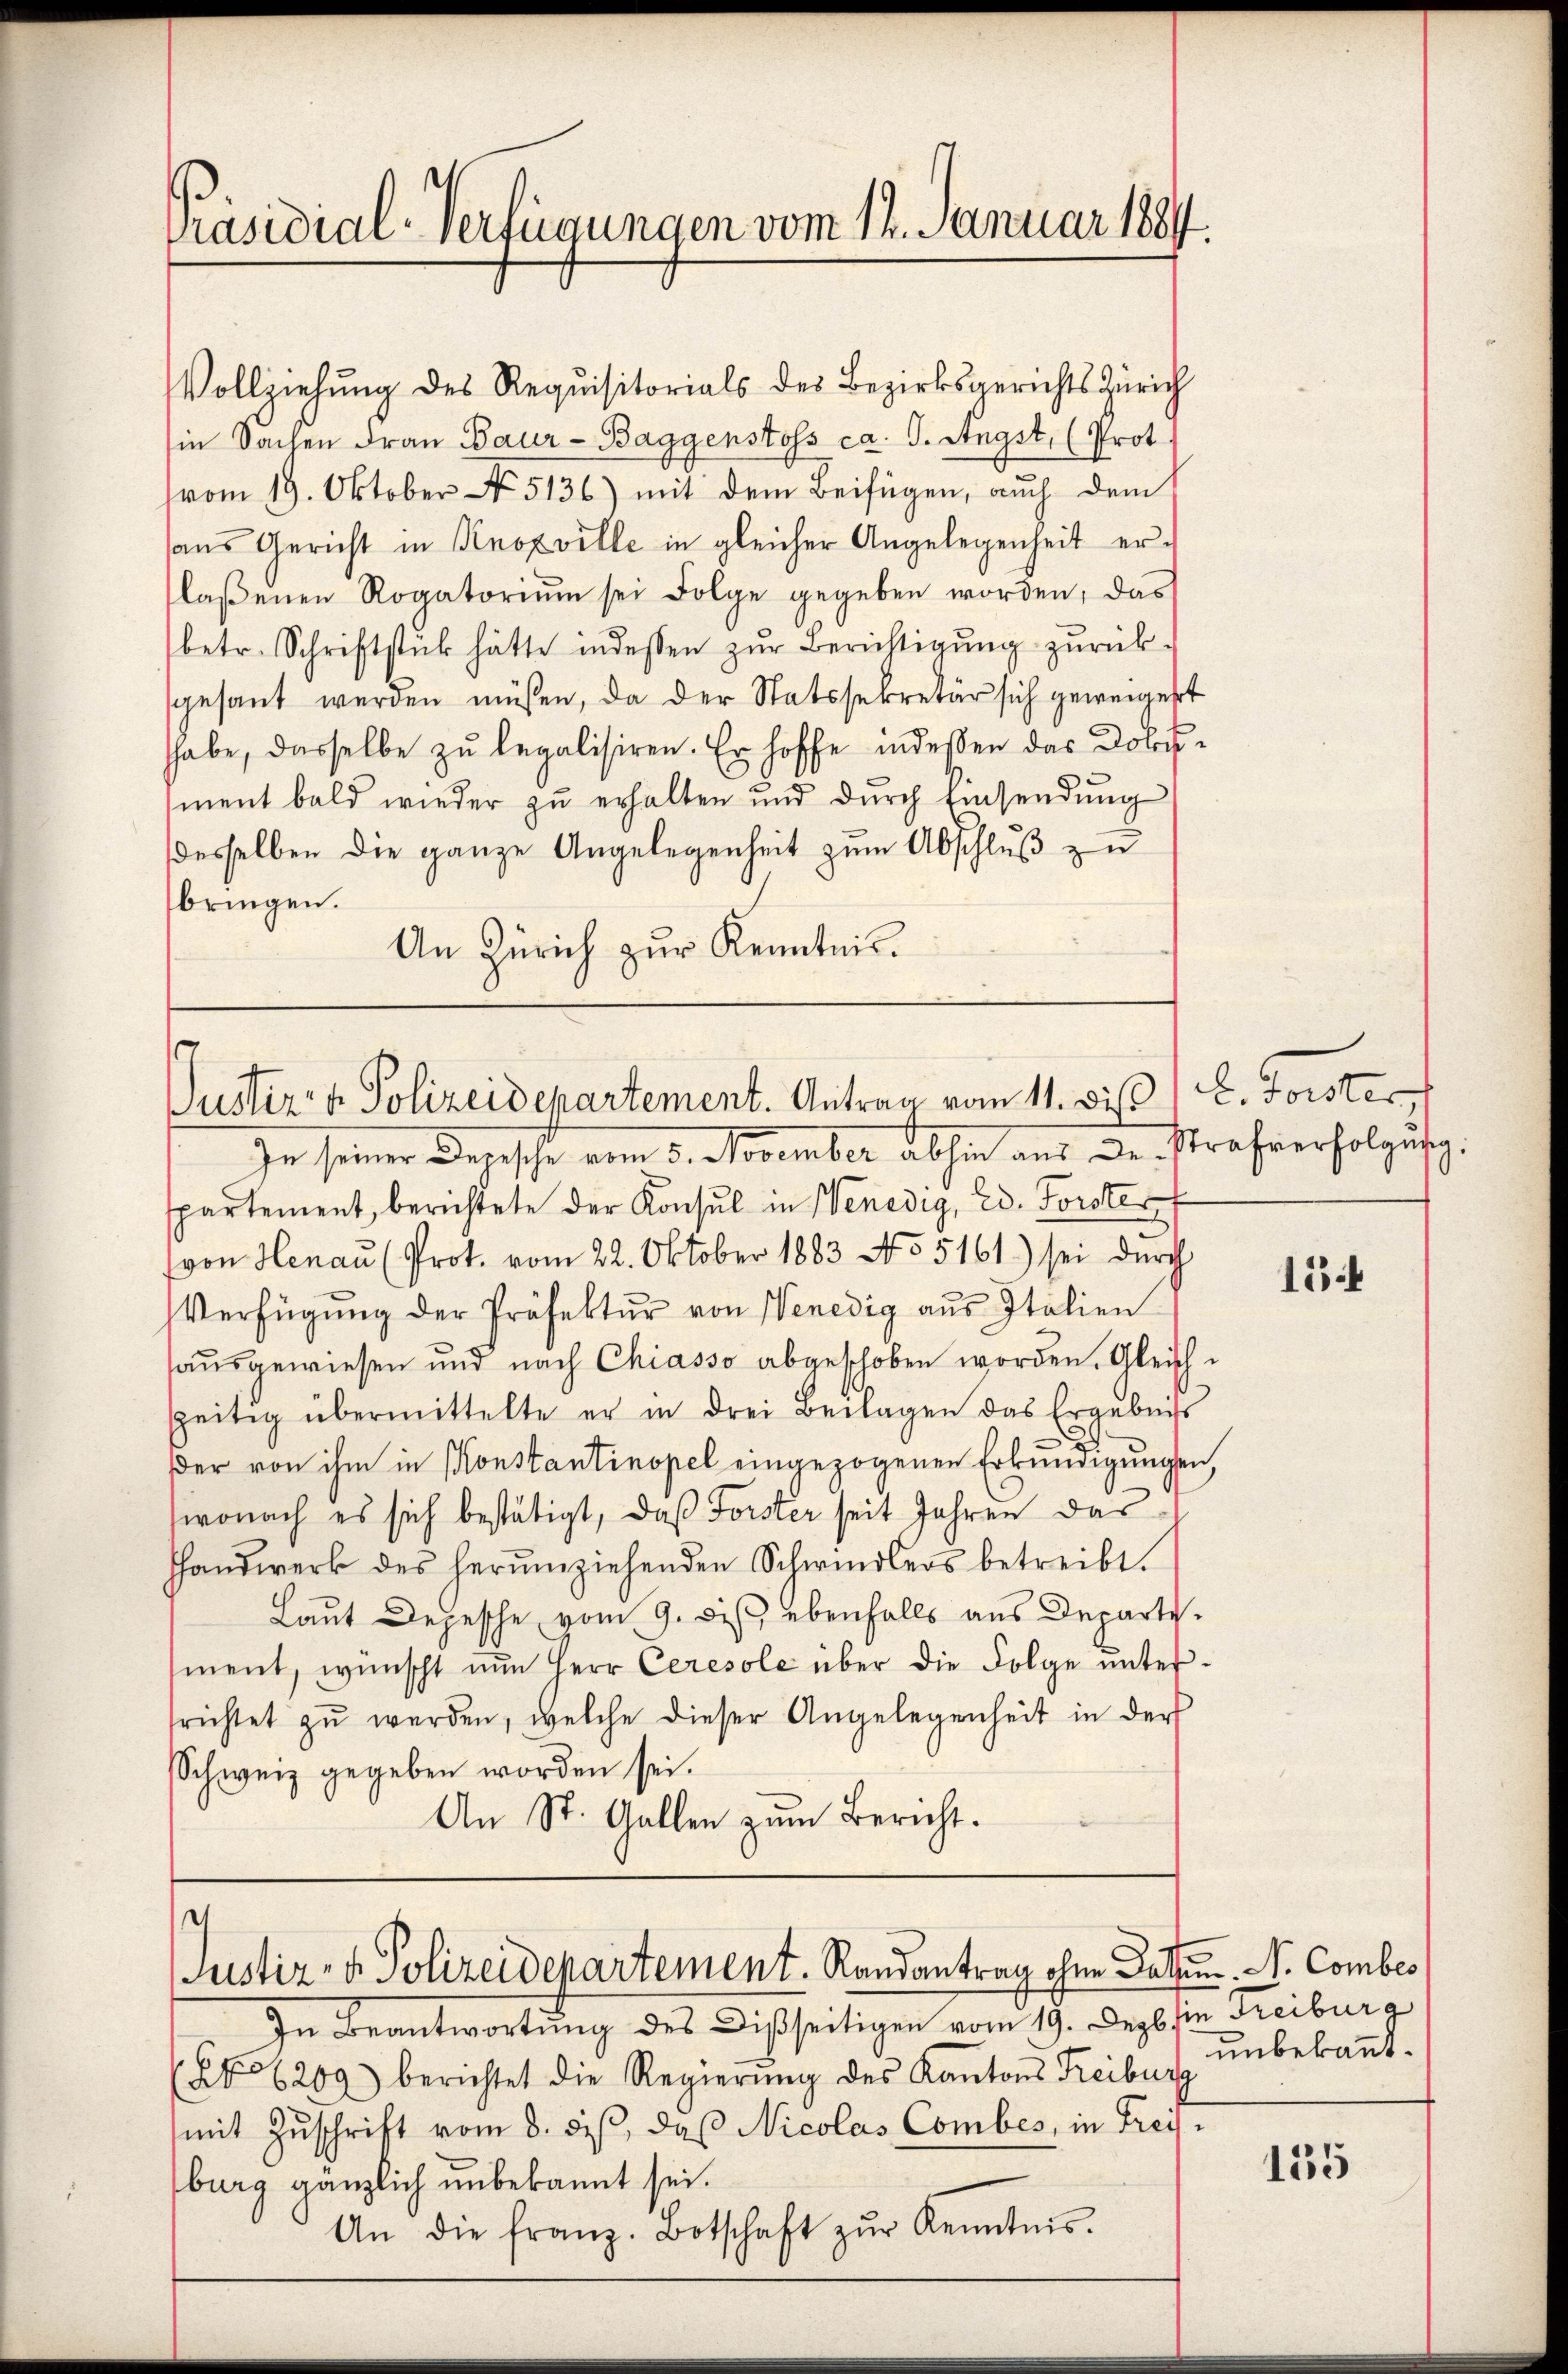
Präsidial-Verfügungen vom 14. Januar 1884.

Vollziehung des Requisitorials des Bezirksgerichts Zürich
in Sachen Frau Baur - Baggenstoss ca. J. Angst, (Prot
vom 19. Oktober No. 5136) mit dem Beifügen, auch dem
sans Gericht in Knoxville in gleicher Angelegenheit er-
laβenen Rogatoriŭm sei Folge gegeben worden, das
betr. Schriftstück hätte indessen zŭr Berichtigŭng zŭrück-
sgesant werden müßen, da der Statssekretär sich geweigert
habe, dasselbe zu legalisiren. Er hoffe indessen das Dobosment bald wieder zŭ erhalten und dŭrch Einsendŭng
desselben die ganze Angelegenheit zum Abschluß zu
bringen.
An Zürich zur Kenntnis.

Justiz- & Polizeidepartement. Antrag vom 11. Die L. Forster

In seiner Depesche vom 5. November abhin aus Dr. Strafverholzes.
spartement, berichtete der Konsul in Venedig, ed. Forster
(von Henau (Prot. vom 22. Oktober 1883 No 5161) sei durch
Verfügŭng der Präfektŭr von Venedig aus Italien
haŭsgewiesen und nach Chiasso abgeschoben worden. Gleichseitig übermittelte er in drei Beilagen das Ergebniss
der von ihm in Konstantinopel eingezogenen Erkundigungen,
wonach es sich bestätigt, daß Forster seit Jahren das
hhandwerk des herumziehenden Schwindlers betreibt.
Laut Depesche vom 9. bist, ebenfalls aus Departement, wünscht nun Herr Ceresole über die Folge unterrichtet zŭ werden, welche dieser Angelegenheit in der
Schweiz gegeben worden sei.
An St. Gallen zum Bericht.

Justiz- & Polizeidepartement. Randantrag ohne Daten. N. Combes

In Beantwortŭng des Disseitigen vom 19. Dezb. sie Freiburg
(No 6209) berichtet die Regierŭng des Kantons Freibur
mit Zuschrift vom 8. des, daß Nicolas Combes, in Freisburg gänzlich unbekannt sei.
An die franz. Botschaft zŭr Kenntnis.

15.

unbekannt.

135